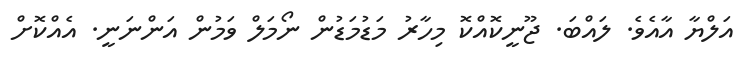
އަލްޔާ އާއެވެ. ލައްބަ. ޖޫނީކޮއްކޮ މިހާރު މަޑުމަޑުން ނޯމަލް ވަމުން އަންނަނީ. އެއްކޮށް